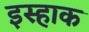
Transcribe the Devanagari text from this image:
इस्हाक